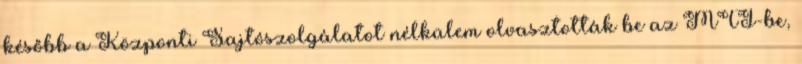
később a Központi Sajtószolgálatot nélkülem olvasztották be az MTI-be,